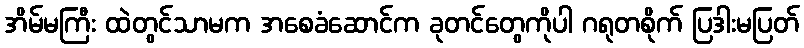
အိမ်မကြီး ထဲတွင်သာမက အစေခံဆောင်က ခုတင်တွေကိုပါ ဂရုတစိုက် ပြဒါးမပြတ်